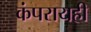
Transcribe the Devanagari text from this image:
कंपरायही